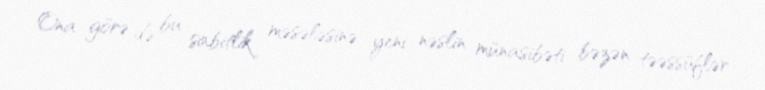
Ona görə də bu sabitlik məsələsinə yeni nəslin münasibəti bəzən təəssüflər